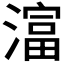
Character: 𪷛